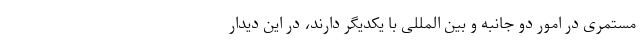
مستمری در امور دو جانبه و بین المللی با یکدیگر دارند، در این دیدار